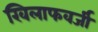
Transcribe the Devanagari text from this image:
खिलाफवर्जी